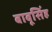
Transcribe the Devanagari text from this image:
बाबूसिंह